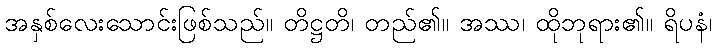
အနှစ်လေးသောင်းဖြစ်သည်။ တိဋ္ဌတိ၊ တည်၏။ အဿ၊ ထိုဘုရား၏။ ရိပနံ၊